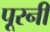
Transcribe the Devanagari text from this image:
पूरनी